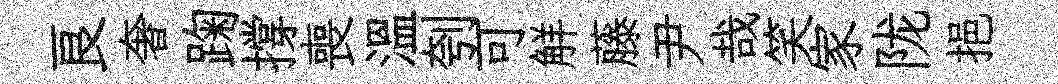
良奢踘撐喪温刳可觧藤尹哉笑家陇挹